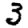
Digit: 3